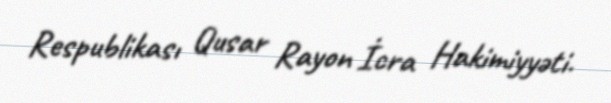
Respublikası Qusar Rayon İcra Hakimiyyəti.